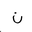
Letter: _non